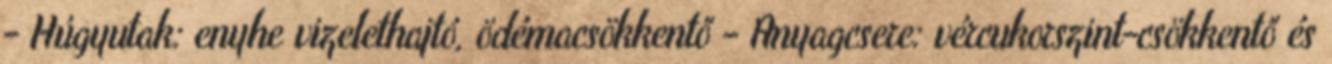
- Húgyutak: enyhe vizelethajtó, ödémacsökkentő - Anyagcsere: vércukorszint-csökkentő és